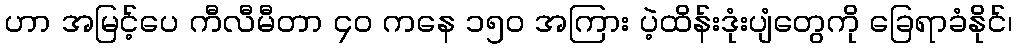
ဟာ အမြင့်ပေ ကီလီမီတာ ၄၀ ကနေ ၁၅၀ အကြား ပဲ့ထိန်းဒုံးပျံတွေကို ခြေရာခံနိုင်၊